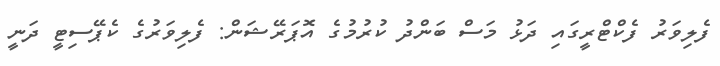
ފެލިވަރު ފެކްޓްރީގައި ދަޅު މަސް ބަންދު ކުރުމުގެ އޮޕަރޭޝަން: ފެލިވަރުގެ ކެޕޭސިޓީ ދަނީ